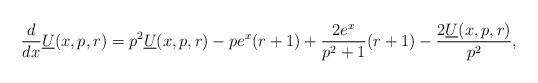
LaTeX: \begin{align*}\frac{d}{dx}\underline{U}(x,p,r)=p^2\underline{U}(x,p,r)-pe^x(r+1)+\frac{2e^x}{p^2+1}(r+1)-\frac{2\underline{U}(x,p,r)}{p^2},\end{align*}